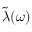
\tilde { \lambda } ( \omega )